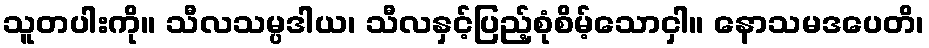
သူတပါးကို။ သီလသမ္ပဒါယ၊ သီလနှင့်ပြည့်စုံစိမ့်သောငှါ။ နောသမဒပေတိ၊